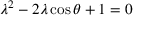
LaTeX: \lambda ^ { 2 } - 2 \lambda \cos \theta + 1 = 0